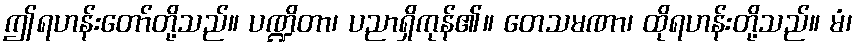
ဤရဟန်းတော်တို့သည်။ ပဏ္ဍိတာ၊ ပညာရှိကုန်၏။ တေသမဏာ၊ ထိုရဟန်းတို့သည်။ မံ၊